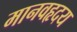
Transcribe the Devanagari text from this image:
मानवहृदय